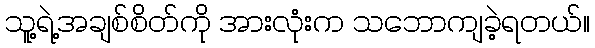
သူ့ရဲ့အချစ်စိတ်ကို အားလုံးက သဘောကျခဲ့ရတယ်။